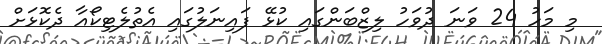
މި މަހު 24 ވަނަ ދުވަހު ލިޒްބަންގައި ކުޅޭ ފައިނަލުގައި އެތުލެޓިކޯއާ ދެކޮޅަށް